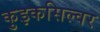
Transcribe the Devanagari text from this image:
कुइकसिल्वर